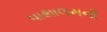
પાથાલમની